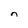
Character: n